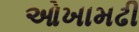
ઓખામઢી